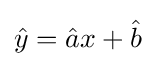
{\hat {y}}={\hat {a}}x+{\hat {b}}